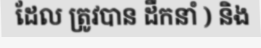
ដែល ត្រូវបាន ដឹកនាំ ) និង